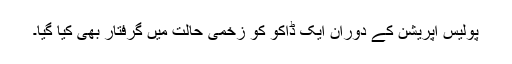
پولیس آپریشن کے دوران ایک ڈاکو کو زخمی حالت میں گرفتار بھی کیا گیا۔